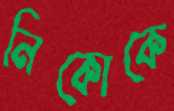
নিকোকে